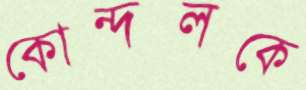
কোন্দলকে